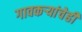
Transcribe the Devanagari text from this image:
गावकऱ्यांचेही